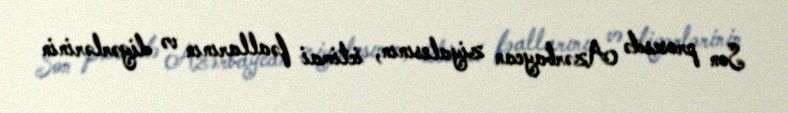
Son prosesdə Azərbaycan ziyalısının, ictimai fəallarının və digərlərinin